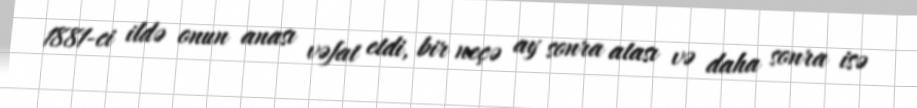
1881-ci ildə onun anası vəfat etdi, bir neçə ay sonra atası və daha sonra isə